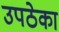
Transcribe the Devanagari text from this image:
उपठेका